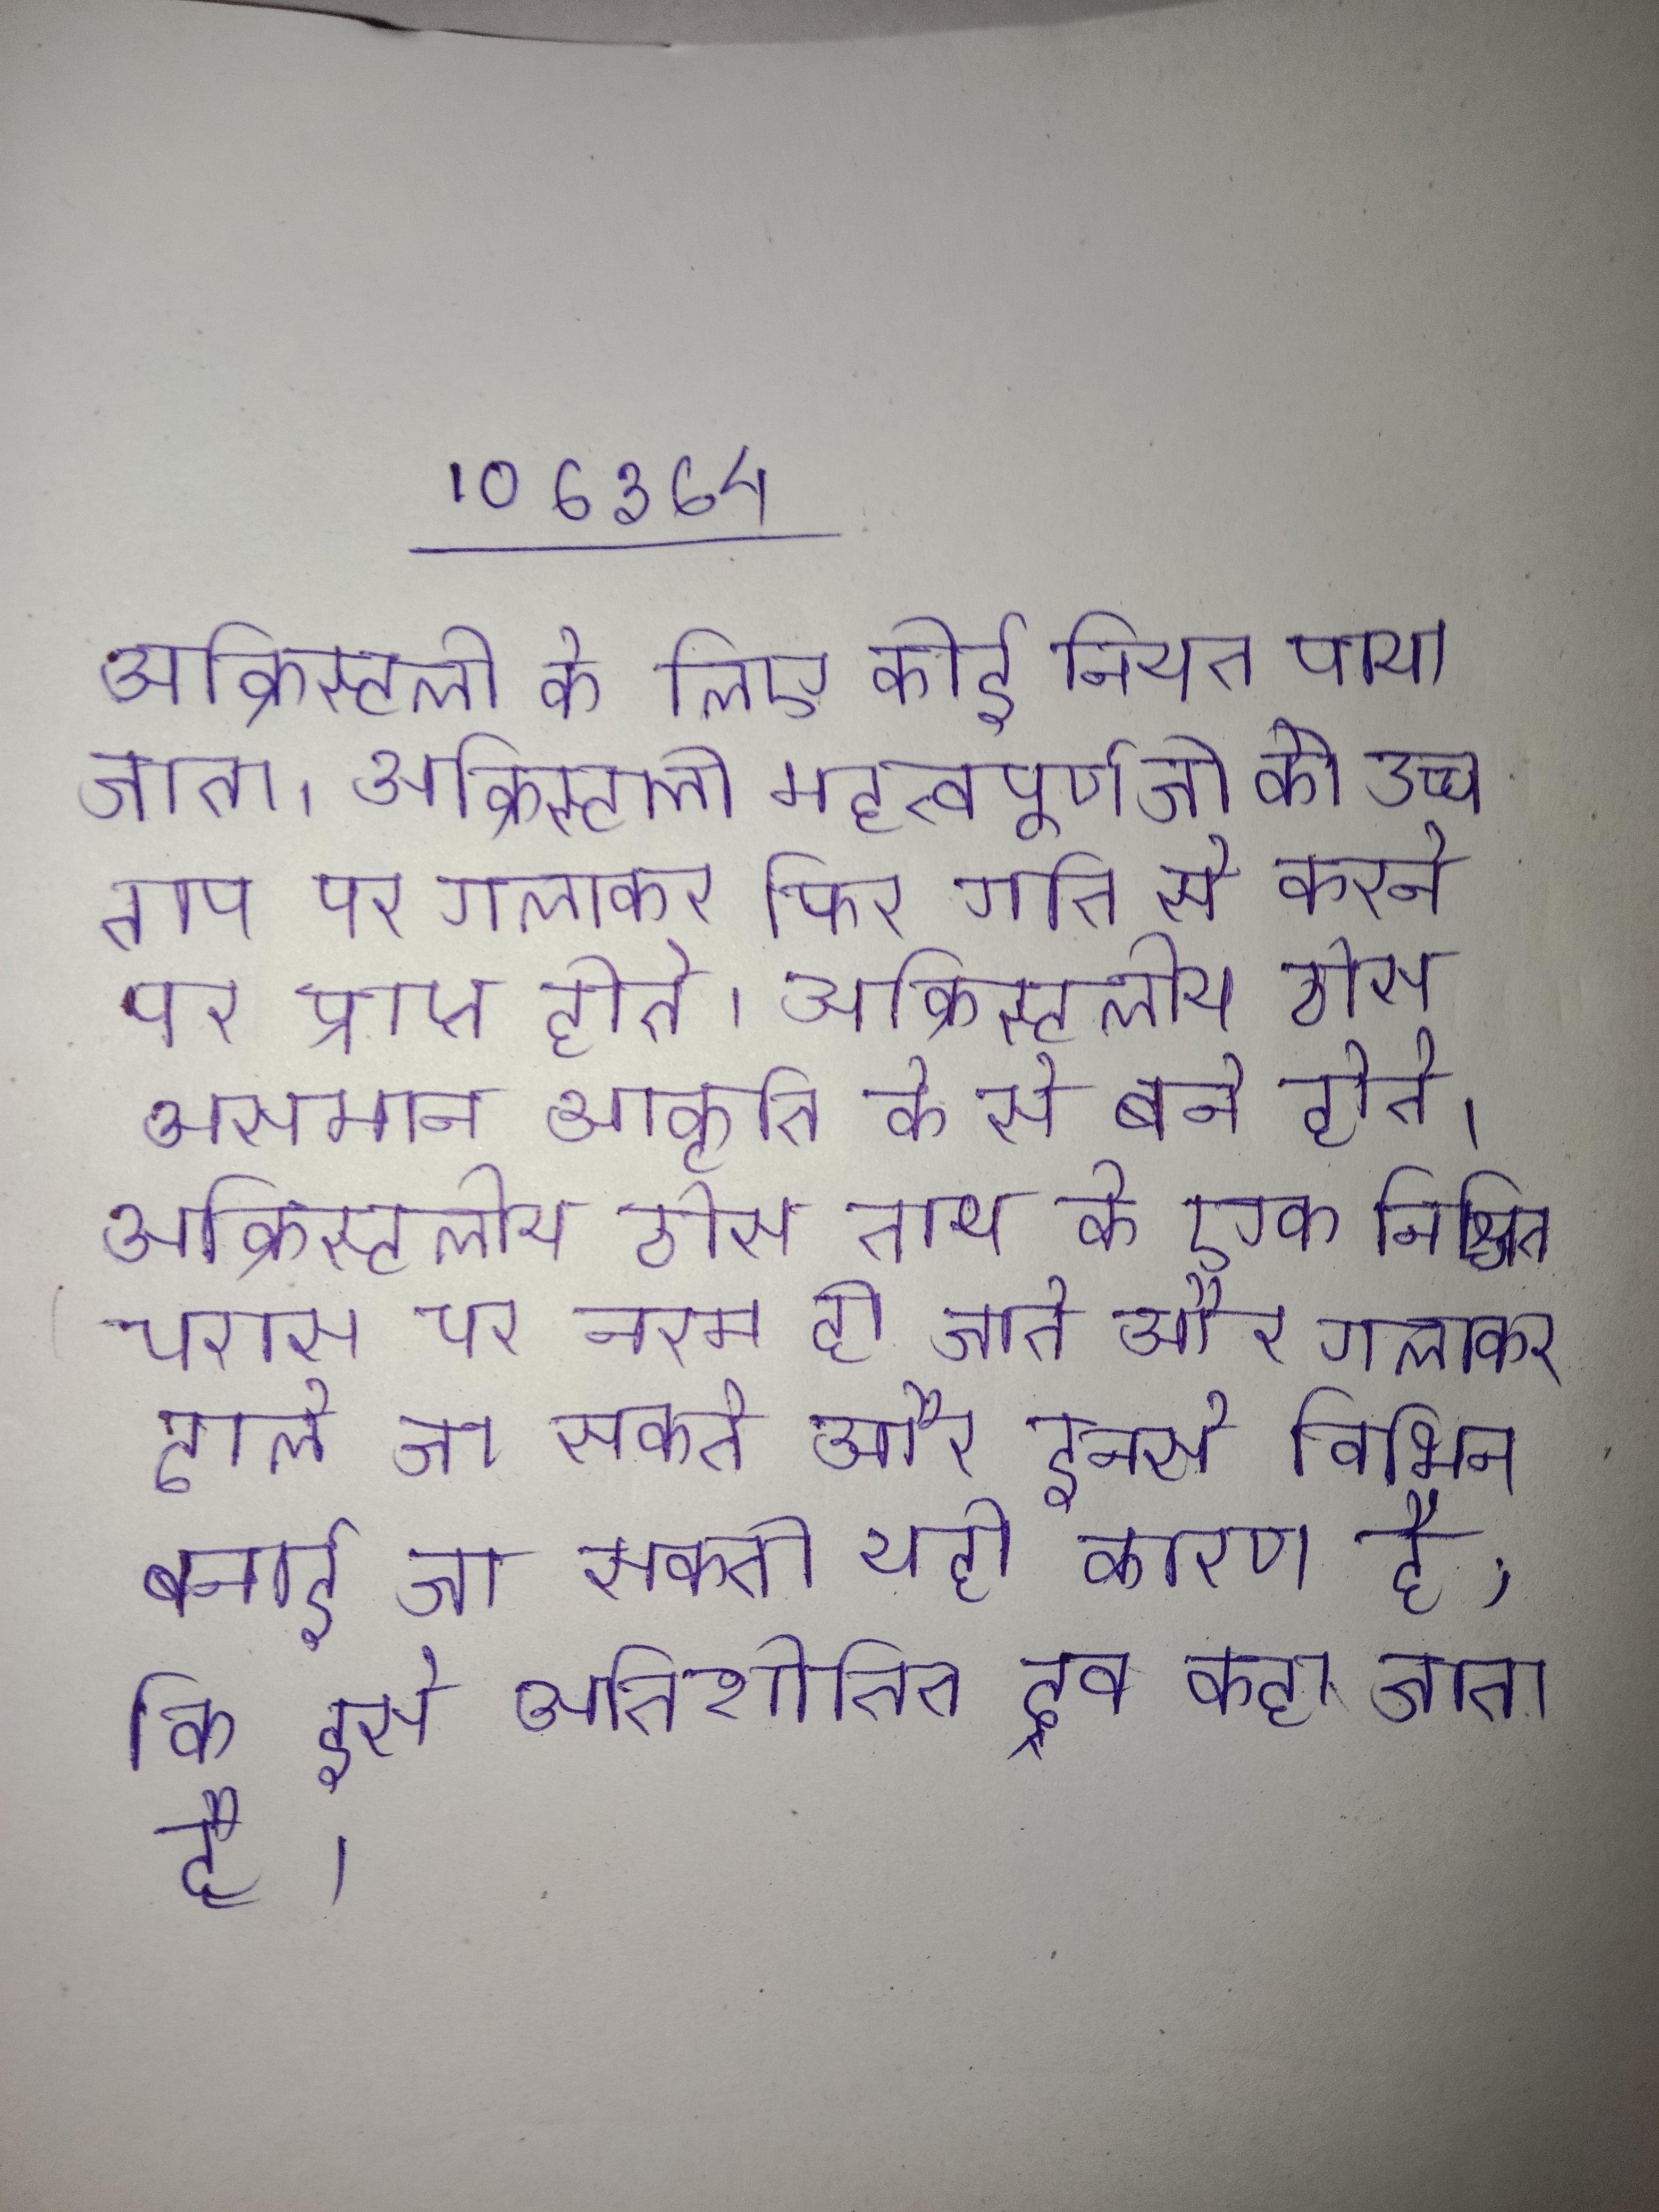
अक्रिस्टली के लिए कोई नियत पाया जाता । अक्रिस्टली महत्वपूर्ण जो को उच्च ताप पर गलाकर फिर गति से करने पर प्राप्त होते । अक्रिस्टलीय ठोस असमान आकृति के से बने होते । अक्रिस्टलीय ठोस ताप के एक निश्चित परास पर नरम हो जाते और गलाकर ढाले जा सकते और इनसे विभिन बनाई जा सकती यही कारण है, कि इसे अतिशीतित द्रव कहा जाता है ।